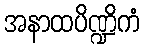
အနာထပိဏ္ဍိကံ